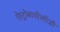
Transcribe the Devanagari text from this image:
ऐस्ट्रोबायॉलॉजी